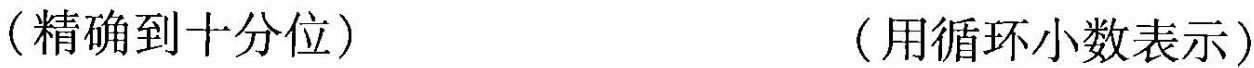
(精确到十分位) (用循环小数表示)